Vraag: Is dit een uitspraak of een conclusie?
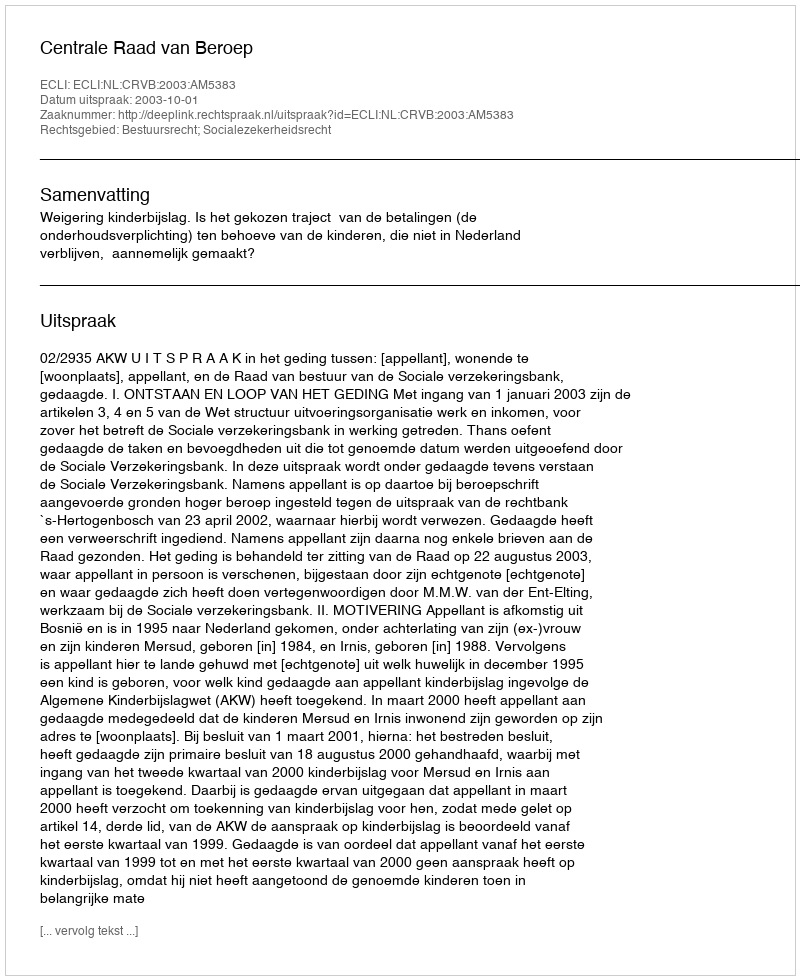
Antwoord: Uitspraak